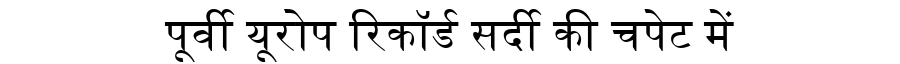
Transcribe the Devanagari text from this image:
पूर्वी यूरोप रिकॉर्ड सर्दी की चपेट में